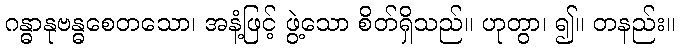
ဂန္ဓာနုဗန္ဓစေတသော၊ အနံ့ဖြင့် ဖွဲ့သော စိတ်ရှိသည်။ ဟုတွာ၊ ၍။ တနည်း။